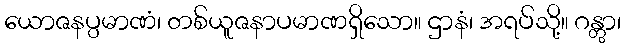
ယောဇနပ္ပမာဏံ၊ တစ်ယူဇနာပမာဏရှိသော။ ဌာနံ၊ အရပ်သို့။ ဂန္တွာ၊